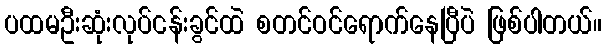
ပထမဦးဆုံးလုပ်ငန်းခွင်ထဲ စတင်ဝင်ရောက်နေပြီပဲ ဖြစ်ပါတယ်။